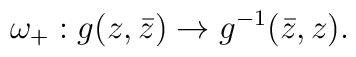
\omega_+:  g(z,\bar z) \to  g^{-1} (\bar z, z) .